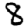
Digit: 8